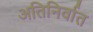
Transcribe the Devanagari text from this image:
अतिनिर्वात